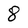
Character: 8